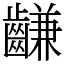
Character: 𪙊